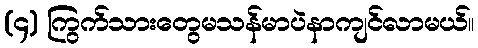
(၄) ကြွက်သားတွေမသန်မာပဲနာကျင်လာမယ်။